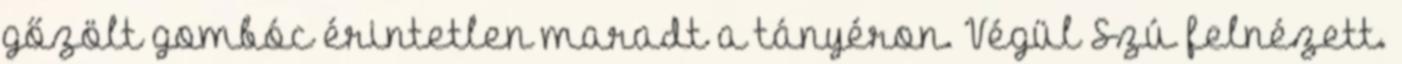
gőzölt gombóc érintetlen maradt a tányéron. Végül Szú felnézett.